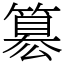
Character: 簒